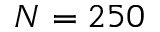
N = 2 5 0